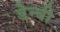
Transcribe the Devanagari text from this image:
डेन्‍बी